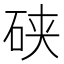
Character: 硖